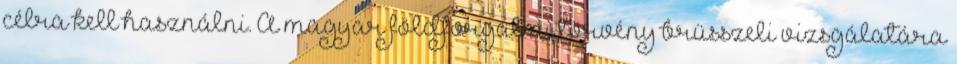
célra kell használni. A magyar földforgalmi törvény brüsszeli vizsgálatára